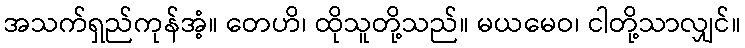
အသက်ရှည်ကုန်အံ့။ တေဟိ၊ ထိုသူတို့သည်။ မယမေဝ၊ ငါတို့သာလျှင်။